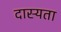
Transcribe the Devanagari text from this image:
दास्यता